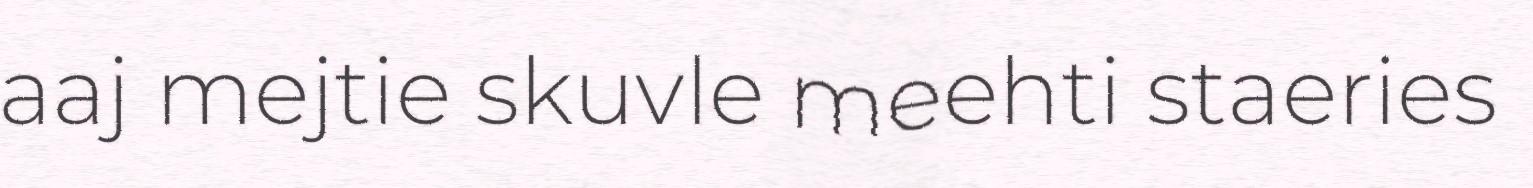
aaj mejtie skuvle meehti staeries